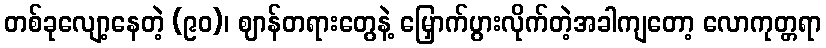
တစ်ခုလျော့နေတဲ့ (၉၀)၊ ဈာန်တရားတွေနဲ့ မြှောက်ပွားလိုက်တဲ့အခါကျတော့ လောကုတ္တရာ